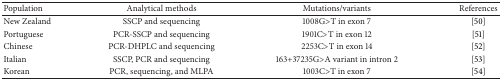
| Population | Analytical methods | Mutations/variants | References |
 | --- | --- | --- | --- |
 | New Zealand | SSCP and sequencing | 1008G>T in exon 7 | [50] |
 | Portuguese | PCR-SSCP and sequencing | 1901C>T in exon 12 | [51] |
 | Chinese | PCR-DHPLC and sequencing | 2253C>T in exon 14 | [52] |
 | Italian | SSCP, PCR and sequencing | 163+37235G>A variant in intron 2 | [53] |
 | Korean | PCR, sequencing, and MLPA | 1003C>T in exon 7 | [54] |